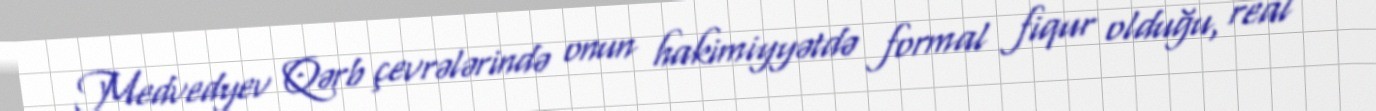
Medvedyev Qərb çevrələrində onun hakimiyyətdə formal fiqur olduğu, real